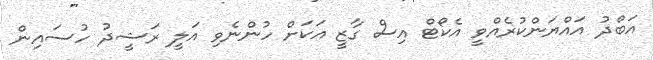
އަބްދު އައްޔަންކުރެއްވީ އެކޯޓް އިސް ގާޒީ އަކަށް ހުންނެވި އަލީ ރަޝީދު ހުސައިން